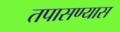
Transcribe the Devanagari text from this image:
तपासण्यास